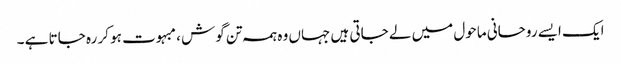
ایک ایسے روحانی ماحول میں لے جاتی ہیں جہاں وہ ہمہ تن گوش ، مبہوت ہو کر رہ جاتا ہے ۔